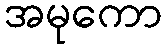
အမုကော